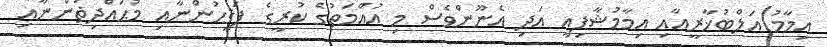
އިމާމު އަލްބުޚާރީއާއި އިމާމުޝާފިޢީ އަދި އެނޫންވެސް މި އުއްމަތުގެ ކުރީގެ ފަޤީހުންނާއި މުޙައްދިޡުންނާއި